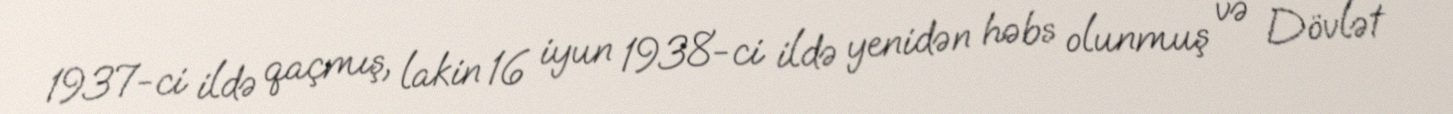
1937-ci ildə qaçmış, lakin 16 iyun 1938-ci ildə yenidən həbs olunmuş və Dövlət